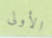
الأولى